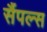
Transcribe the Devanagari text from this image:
सैंपल्स